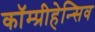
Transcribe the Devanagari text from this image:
कॉम्प्रीहेन्सिव